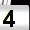
Digit: 4